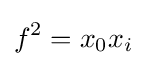
f^{2}=x_{0}x_{i}